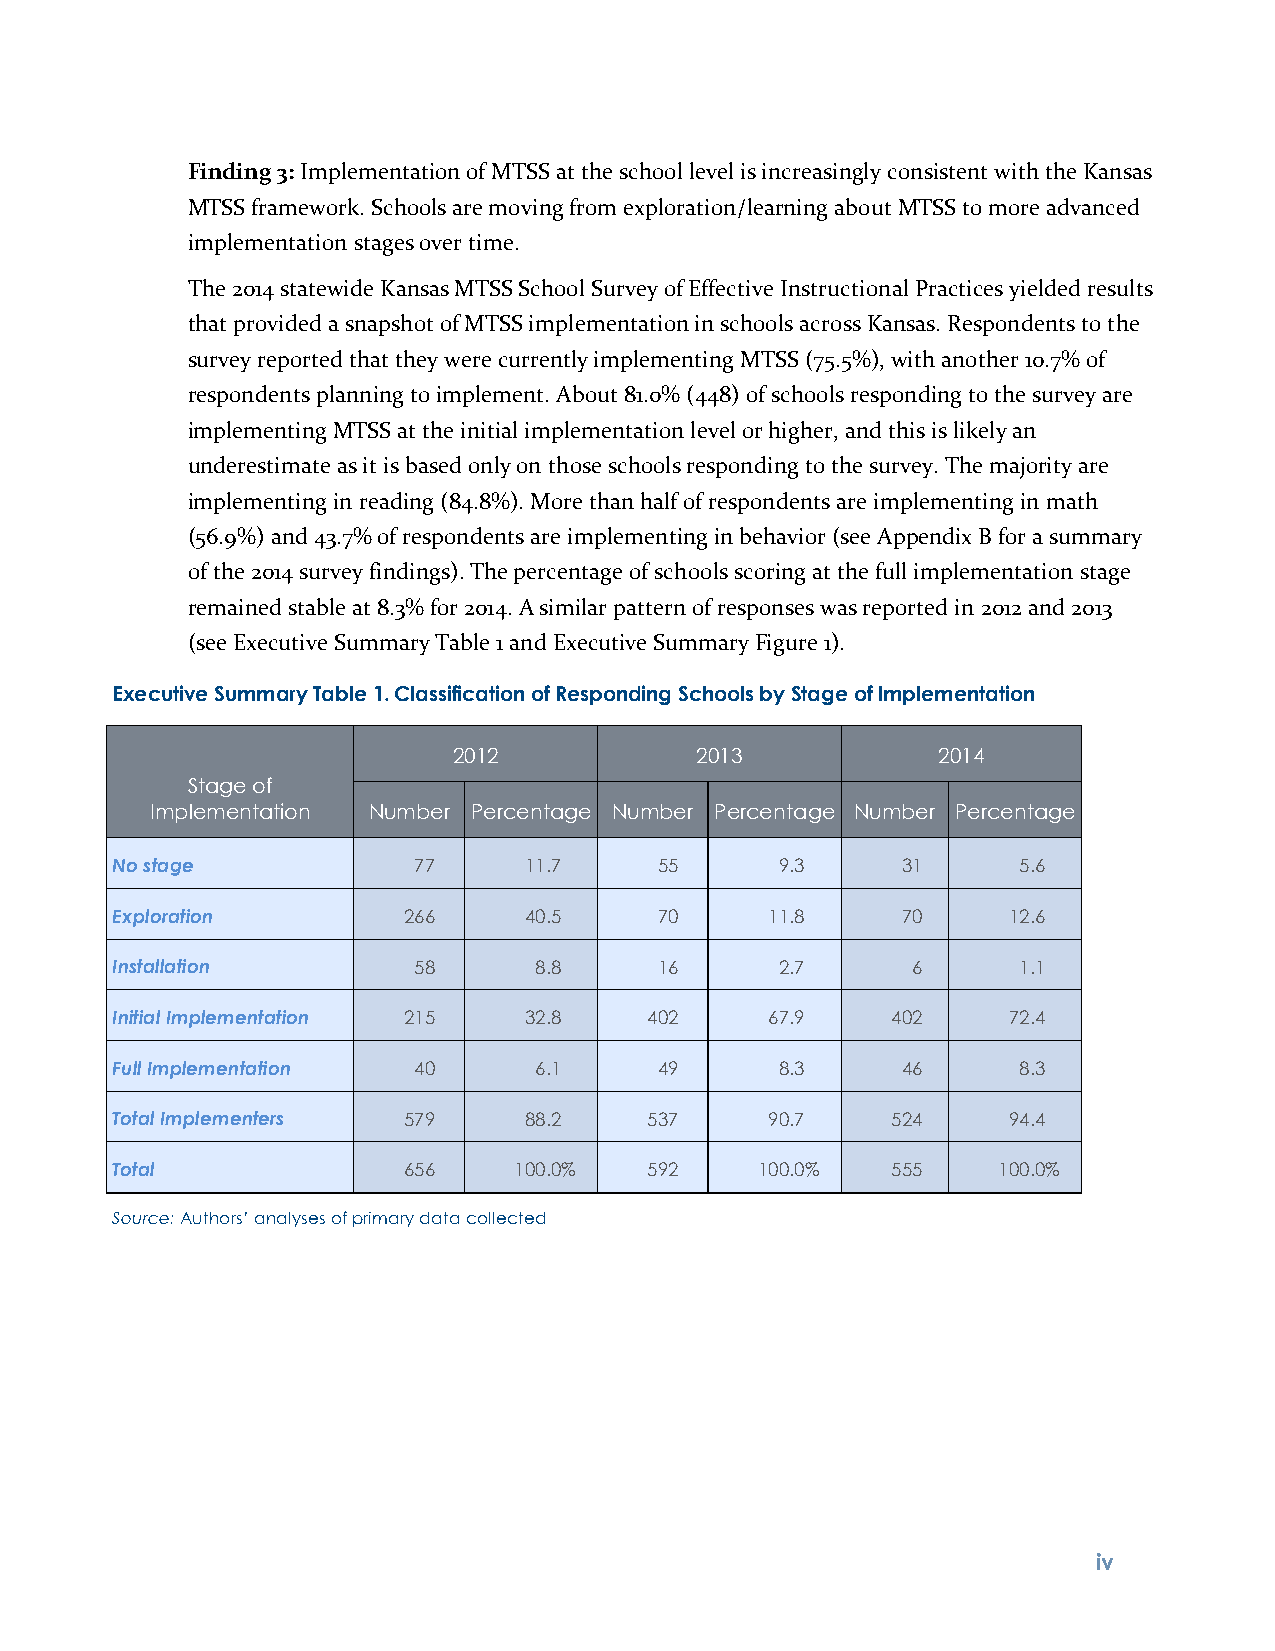
Finding 3: Implementation of MTSS at the school level is increasingly consistent with the Kansas
 MTSS framework. Schools are moving from exploration/learning about MTSS to more advanced
 implementation stages over time.
 The 2014 statewide Kansas MTSS School Survey of Effective Instructional Practices yielded results
 that provided a snapshot of MTSS implementation in schools across Kansas. Respondents to the
 survey reported that they were currently implementing MTSS (75.5%), with another 10.7% of
 respondents planning to implement. About 81.0% (448) of schools responding to the survey are
 implementing MTSS at the initial implementation level or higher, and this is likely an
 underestimate as it is based only on those schools responding to the survey. The majority are
 implementing in reading (84.8%). More than half of respondents are implementing in math
 (56.9%) and 43.7% of respondents are implementing in behavior (see Appendix B for a summary
 of the 2014 survey findings). The percentage of schools scoring at the full implementation stage
 remained stable at 8.3% for 2014. A similar pattern of responses was reported in 2012 and 2013
 (see Executive Summary Table 1 and Executive Summary Figure 1).
 Executive Summary Table 1. Classification of Responding Schools by Stage of Implementation
 2012            2013            2014
 Stage of
 Implementation Number Percentage Number Percentage Number Percentage
 No stage            77      11.7     55      9.3     31     5.6
 Exploration         266     40.5     70     11.8     70     12.6
 Installation        58      8.8      16      2.7     6      1.1
 Initial Implementation 215  32.8    402     67.9    402     72.4
 Full Implementation 40      6.1      49      8.3     46     8.3
 Total Implementers  579     88.2    537     90.7    524     94.4
 Total               656    100.0%   592    100.0%   555    100.0%
 Source: Authors’ analyses of primary data collected
 iv